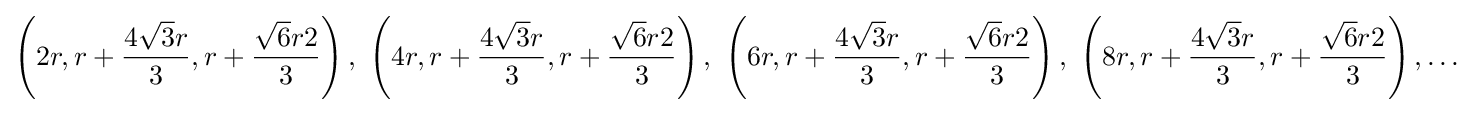
\left(2r,r+{\frac {4{\sqrt {3}}r}{3}},r+{\frac {{\sqrt {6}}r2}{3}}\right),\ \left(4r,r+{\frac {4{\sqrt {3}}r}{3}},r+{\frac {{\sqrt {6}}r2}{3}}\right),\ \left(6r,r+{\frac {4{\sqrt {3}}r}{3}},r+{\frac {{\sqrt {6}}r2}{3}}\right),\ \left(8r,r+{\frac {4{\sqrt {3}}r}{3}},r+{\frac {{\sqrt {6}}r2}{3}}\right),\dots